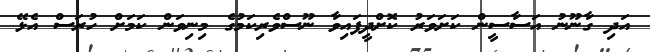
އަދި ގާނޫނު އަސާސީން ކަށަވަރު ކޮށްދީފައިވާ ނޫސްވެރިކަމުގެ މިނިވަން ކަމަށް ހުރަސް އެޅޭ